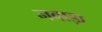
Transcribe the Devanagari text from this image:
नवाड़ा